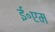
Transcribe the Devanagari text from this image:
ई॰एम